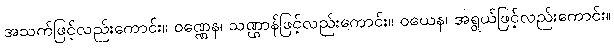
အသက်ဖြင့်လည်းကောင်း။ ဝဏ္ဏေန၊ သဏ္ဌာန်ဖြင့်လည်းကောင်း။ ဝယေန၊ အရွယ်ဖြင့်လည်းကောင်း။